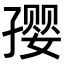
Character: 𪧀